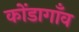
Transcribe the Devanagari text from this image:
कोंडागाँव